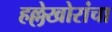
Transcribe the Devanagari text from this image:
हल्लेखोरांचा